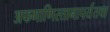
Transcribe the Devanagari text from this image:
अफगाणिस्तानापर्यंतचा